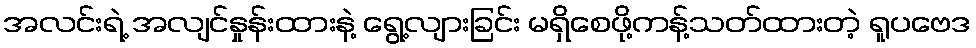
အလင်းရဲ့ အလျင်နှုန်းထားနဲ့ ရွေ့လျားခြင်း မရှိစေဖို့ကန့်သတ်ထားတဲ့ ရူပဗေဒ